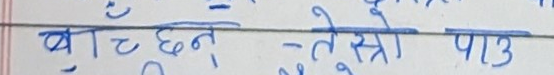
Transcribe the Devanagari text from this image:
बाँट छन - तेस्रो पाठ